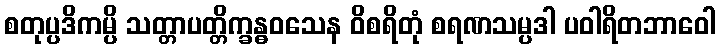
စတုပ္ပဒိကမ္ပိ သတ္တာပတ္တိက္ခန္ဓဝသေန ဝိစရိတုံ စရဏသမ္ပဒါ ပဝါရိတဘာဝေါ